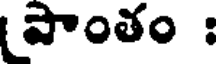
పాంతం :